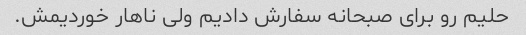
حلیم رو برای صبحانه سفارش دادیم ولی ناهار خوردیمش.